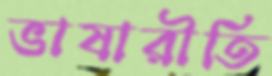
ভাষারীতি